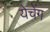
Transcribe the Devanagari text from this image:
येचेंग